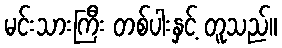
မင်းသားကြီး တစ်ပါးနှင့် တူသည်။